Jaan_Tonisson_(Lasteleht), lk 543
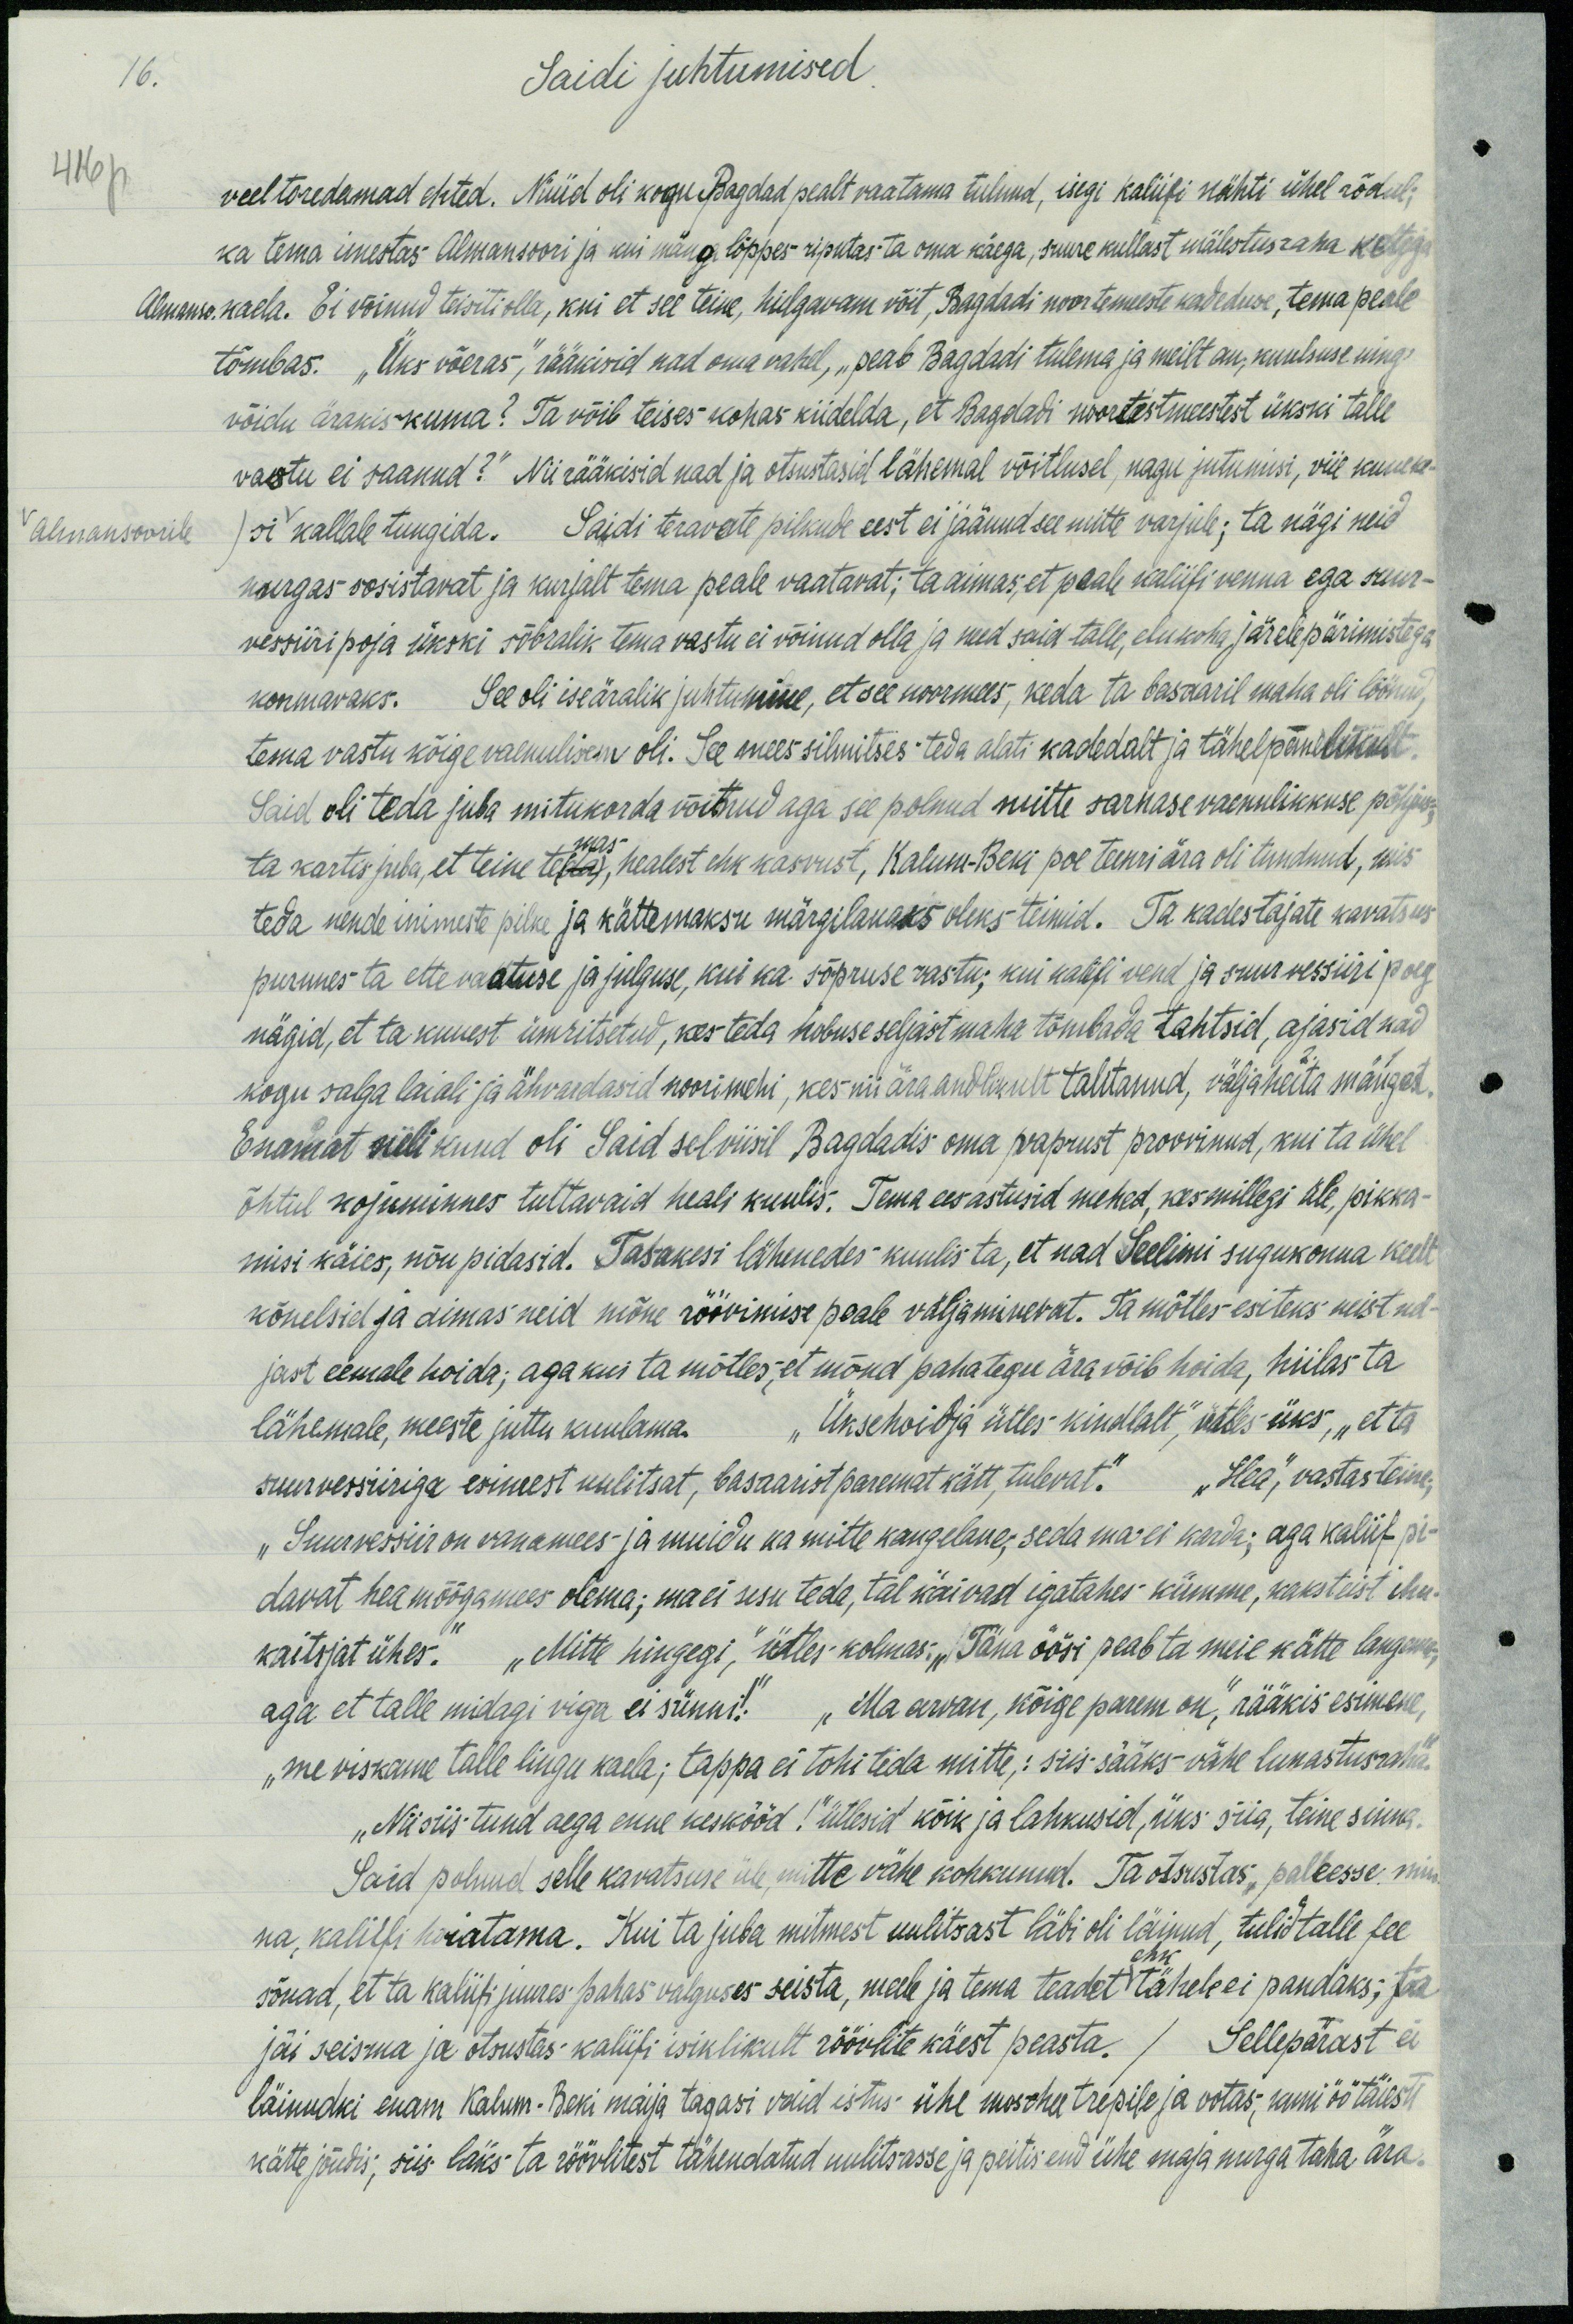
16.
Saidi juhtumised.
416 p
veel toredamad ehted. Nüüd oli kogu Bagdad pealt vaatama tulnud, isegi kaliifi nähti ühel rõdul;
ka tema imestas Almansoori ja kui mäng lõppes riputas ta oma käega, suure kullast mälestusraha ketiga
Almanso kaela. Ei võinud teisiti olla, kui et see teine, hiilgavam vöit, Bagdadi noortemeeste kadeduse, tema peale
tõmbas. "Üks võeras," rääkisid nad oma vahel, „seab Bagdadi tulema ja meilt au, kuulsuse ning
võidu ärakiskuma? Ta võib teises kohas kiidelda, et Bagdadi noortestmeestest ükski talle
vastu ei saanud?" Nii rääkisid nad ja otsutasid lähemal võitlusel, nagu jutumisi, viie kuueke-
Almansoorile si kallale tungida. Saidi teravate pilkule eest ei jäänud see mitte varjule; ta nägi neid
nurgas sosistavat ja kurjalt tema peale vaatavat; ta aimas, et peale kaliifi venna ega suur-
vessiiri poja ükski sõbralik tema vastu ei võinud olla ja need said talle, elukoha järelepärimistega
koormavaks. See oli iseäralik juhtumine, et see noormees, keda ta basaaril maha oli löönud,
tema vastu kõige vaenulisem oli. See mees silmitses teda alati kadedalt ja tähelepanelikult.
Said oli teda juba mitukorda võitnud aga see polnud mitte sarnase vaenulikkuse põhjuseks,
ta kartis juba, et teine temas, healest ehk kasvust, Kalum-Beki poe teenri ära oli tundnud, mis
teda nende inimeste pilke ja kättemaksu märgilauaks oleks teinid. Ta kadestajate kavatsus
purunes ta ettevaatuse ja julguse, kui ka sõpruse vastu; kui kaliifi vend ja suur kessiiri poeg
nägid, et ta kuuest ümbritsetud, kes teda hobuse seljast maha tõmbada tahtsid, ajasid nad
kogu salga laiali ja ähvardasid noorimehi, kes nii ära andlikult talitanud, väljaheita mängest,
Enamat neli kuud oli Said selviisil Bagdadis oma vaprust proovinud, kui ta ühel
õhtul kojuminnes tuttavaid heali kuulis. Tema ees astusid mehed, kes millegi üle, pikka-
misi käies, nõu pidasid. Tasakesi lähenedes kuulis ta, et nad Seelimi sugukonna keelt
kõnelsid ja aimas neid mõne röövimise peale väljaminevat. Ta mõtles esiteks neist nel-
jast eemale hoida; aga kui ta mõtles, et mõnd paha tegu ära võib hoida, hiilis ta
lähemale, meeste juttu kuulama. „Uksehoidja ütles kindlalt", ütles üks, „et ta
suurvessiiriga esimest uulitsat, basaarist paremat kätt, tulevat." "Hea", vastas teine;
"Suurvessiir on vanamees- ja muidu ka mitte kangelane,- seda ma ei karda; aga kaliif pi-
davat hea mõõgamees olema; ma ei usu teda, tal käivad igatahes kümme, kaksteist ihu-
kaitsjat ühes." "Mitte hingegi," ütles kolmas. „Täna öösi peab ta meie kätte langema"
aga et talle midagi viga ei sünnis. „Ma arvan, kõige parem on", rääkis esimene,
"me viskame talle lingu kaela; tappa ei tohi teda mitte, siis sääks vähe lunastusraha."
„Nii siis tund aega enne keskööd!“ ütlesid kõik ja lahkusid, üks siia, teine sinna.
Said polnud selle kavatsuse üle, mitte vähe kohkunud. Ta otsustas, palleesse min
na, kaliifi hoiatama. Kui ta juba mitmest uulitsast läbi oli läinud, tulid talle fee
sõnad, et ta kaliifi juures pahas valguses seista, meele ja tema teadet ehk tähele ei pandaks; ta
jäi seisma ja otsustas-kaliifi isiklikult röövilite käest peasta. /Sellepärast ei
läinudki enam Kalum Beki maija tagasi olid istus ühe moschee trepile ja ootas, kuni öö täiesti
kätte jõudis; siis läks ta röövlitest tähendatud uulitsasse ja peitis end ühe maja nurga taha ära.